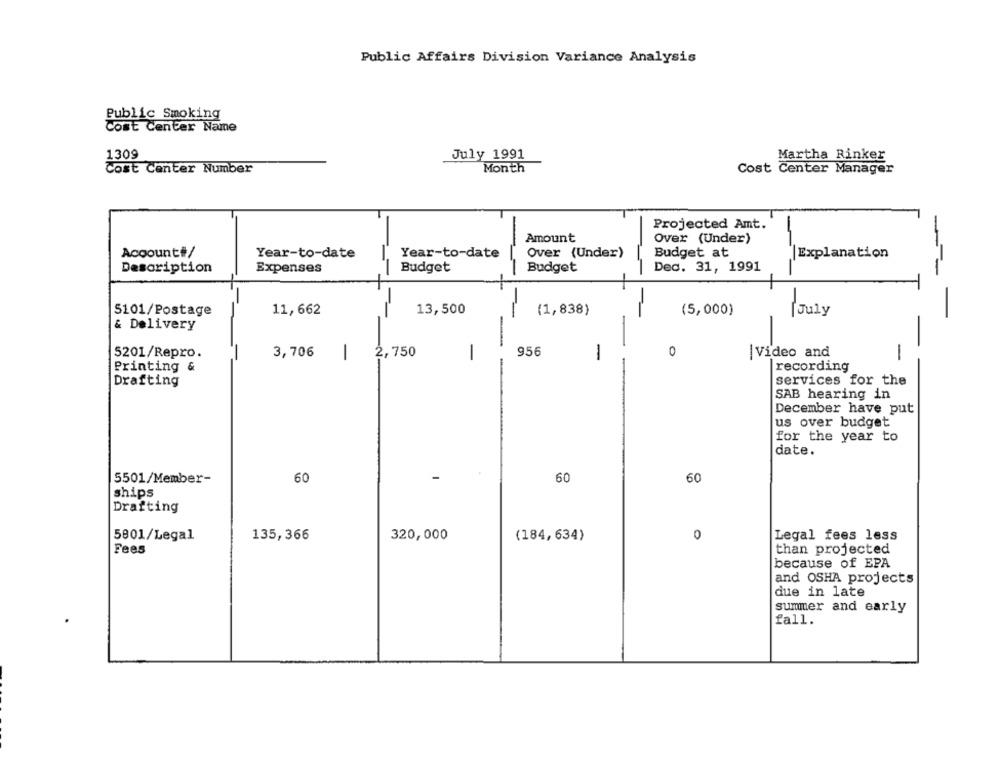
Public Affairs Division Variance Analysis
Public Smoking
Cost Center Name
1309
July 1991
Martha Rinker
Cost Center Number
Month
Cost Center Manager
Projected Amt.
Amount
Over (Under)
Year-to-date
Over (Under)
Budget at
Account#/
Year-to-date
|Explanation
Budget
Budget
Dec. 31, 1991
Description
Expenses
-
5101/Postage
11,662
13,500
(1,838)
(5,000)
July
& Delivery
-
-
956
0
5201/Repro.
3,706
1
2,750
-
|Video and
-
recording
Printing &
Drafting
services for the
SAB hearing in
December have put
us over budget
for the year to
date.
5501/Member-
60
60
60
ships
Drafting
5801/Legal
135,366
320,000
(184, 634)
0
Legal fees less
Fees
than projected
because of EPA
and OSHA projects
due in late
summer and early
fall.